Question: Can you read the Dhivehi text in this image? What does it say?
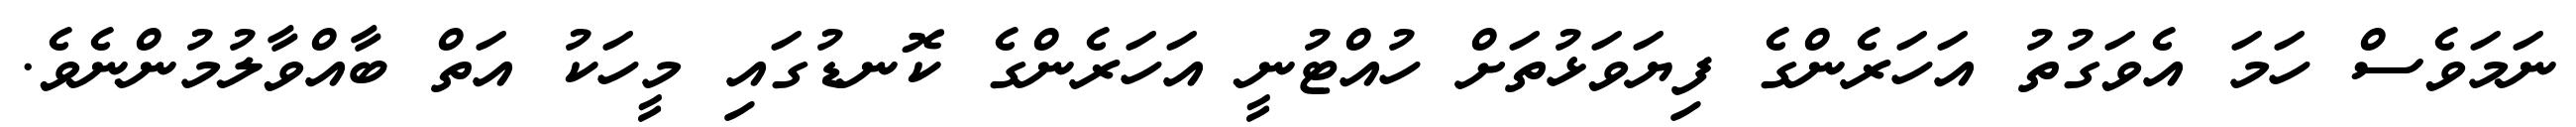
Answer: ނަމަވެސް ހަމަ އެވަގުތު އަހަރެންގެ ފިޔަވަޅުތަށް ހުއްޓުނީ އަހަރެންގެ ކޮނޑުގައި މީހަކު އަތް ބާއްވާލުމުންނެވެ.